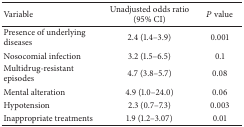
<table><thead><tr><td><b>Variable</b></td><td><b>Unadjusted odds ratio (95% CI)</b></td><td><b><i>P</i> value</b></td></tr></thead><tbody><tr><td>Presence of underlying diseases</td><td>2.4 (1.4–3.9)</td><td>0.001</td></tr><tr><td>Nosocomial infection</td><td>3.2 (1.5–6.5)</td><td>0.1</td></tr><tr><td>Multidrug-resistant episodes</td><td>4.7 (3.8–5.7)</td><td>0.08</td></tr><tr><td>Mental alteration</td><td>4.9 (1.0–24.0)</td><td>0.06</td></tr><tr><td>Hypotension</td><td>2.3 (0.7–7.3)</td><td>0.003</td></tr><tr><td>Inappropriate treatments</td><td>1.9 (1.2–3.07)</td><td>0.01</td></tr></tbody></table>